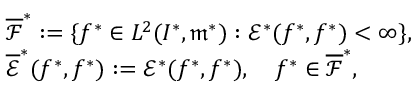
\begin{array} { r l } & { \overline { { { \mathscr F } } } ^ { * } : = \{ f ^ { * } \in L ^ { 2 } ( I ^ { * } , \mathfrak { m } ^ { * } ) : { \mathscr E } ^ { * } ( f ^ { * } , f ^ { * } ) < \infty \} , } \\ & { \overline { { { \mathscr E } } } ^ { * } ( f ^ { * } , f ^ { * } ) : = { \mathscr E } ^ { * } ( f ^ { * } , f ^ { * } ) , \quad f ^ { * } \in \overline { { { \mathscr F } } } ^ { * } , } \end{array}